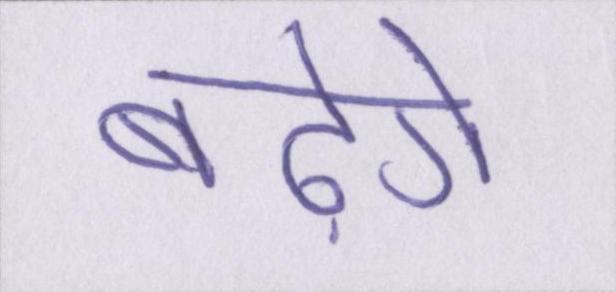
बढ़ेंगे